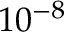
1 0 ^ { - 8 }